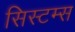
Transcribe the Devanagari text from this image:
सिस्टम्स